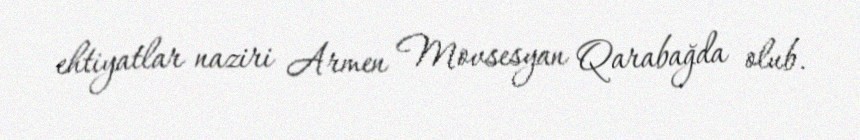
ehtiyatlar naziri Armen Movsesyan Qarabağda olub.